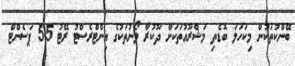
ބޭންކުތަކުން މިކަހަލަ ބޮޑެތި މަޝްރޫއުތަކަށް ދޫކުރާ ލޯނުތަކުގެ އިންޓްރެސްޓު ރޭޓު 5.5 ޕަސެންޓް